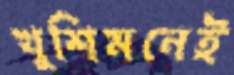
খুশিমনেই